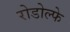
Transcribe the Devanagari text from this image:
रोडोल्फे